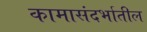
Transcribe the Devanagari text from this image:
कामासंदर्भातील